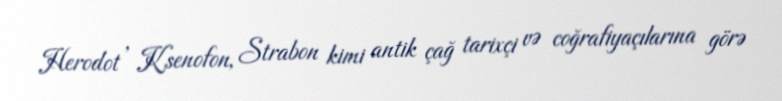
Herodot , Ksenofon, Strabon kimi antik çağ tarixçi və coğrafiyaçılarına görə